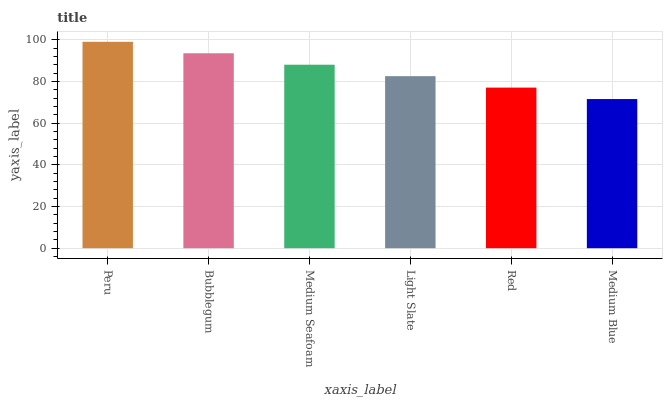
| xaxis_label | bars |
 | --- | --- |
 | Peru | 99 |
 | Bubblegum | 93.5 |
 | Medium Seafoam | 88 |
 | Light Slate | 82.5 |
 | Red | 77 |
 | Medium Blue | 71.5 |